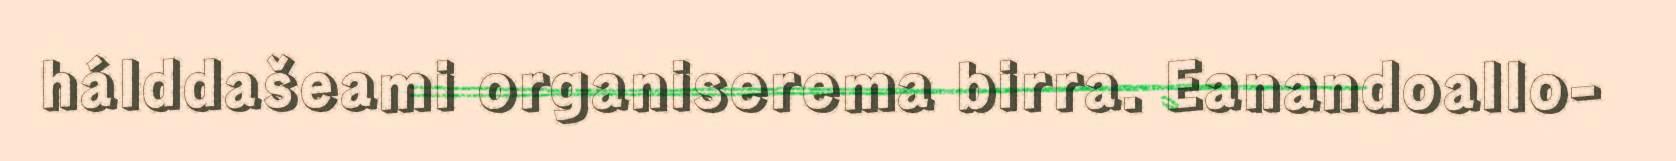
hálddašeami organiserema birra. Eanandoallo-